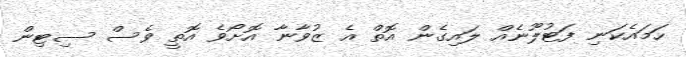
ހަމައެކަނި ފަޓުލޫނެއް ލައިގެން އޮތް އެ ޒުވާނާ އޮށޯވެ އޮތީ ވެސް ސިޓިން